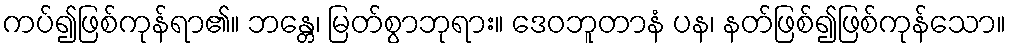
ကပ်၍ဖြစ်ကုန်ရာ၏။ ဘန္တေ၊ မြတ်စွာဘုရား။ ဒေဝဘူတာနံ ပန၊ နတ်ဖြစ်၍ဖြစ်ကုန်သော။